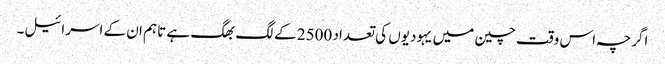
اگرچہ اس وقت چین میں یہودیوں کی تعداد 2500 کے لگ بھگ ہے تاہم ان کے اسرائیل۔